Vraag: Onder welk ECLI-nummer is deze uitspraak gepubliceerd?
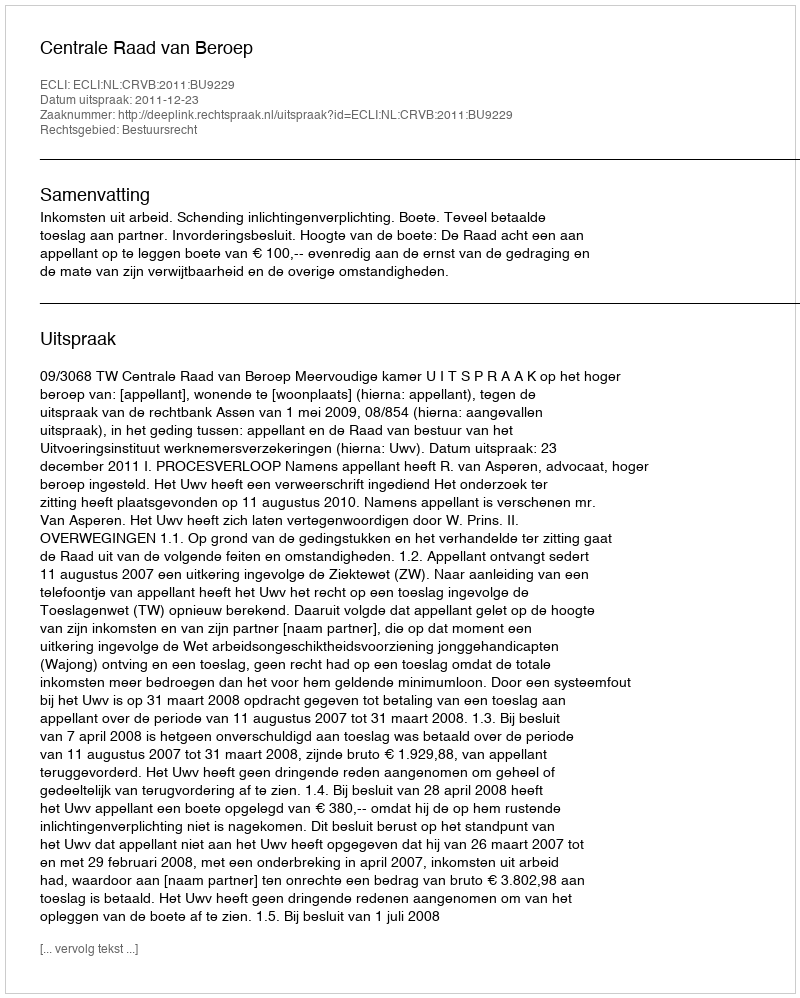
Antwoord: ECLI:NL:CRVB:2011:BU9229